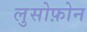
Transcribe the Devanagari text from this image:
लुसोफ़ोन